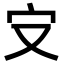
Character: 㝊